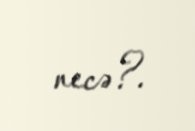
necə?.